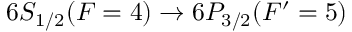
6 S _ { 1 / 2 } ( F = 4 ) \rightarrow 6 P _ { 3 / 2 } ( F ^ { \prime } = 5 )